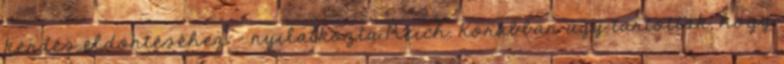
kérdés eldöntéséhez - nyilatkozta Reich. Korábban úgy tartották, hogy